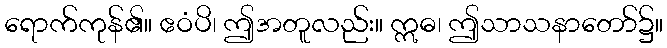
ရောက်ကုန်၏။ ဧဝံပိ၊ ဤအတူလည်း။ ဣဓ၊ ဤသာသနာတော်၌။